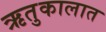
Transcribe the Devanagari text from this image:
ऋतुकालात